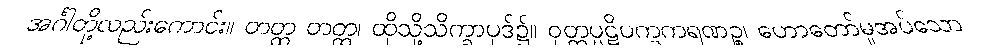
အင်္ဂါတို့လည်းကောင်း။ တတ္ထ တတ္ထ၊ ထိုသို့သိက္ခာပုဒ်၌။ ဝုတ္တပ္ပဋိပက္ခကရဏဉ္စ၊ ဟောတော်မူအပ်သော